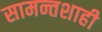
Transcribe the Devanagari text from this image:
सामन्तशाही